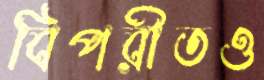
বিপরীতও